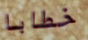
خطابا